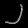
Digit: ၂